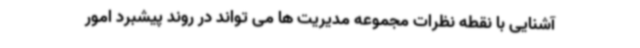
آشنایی با نقطه نظرات مجموعه مدیریت ها می تواند در روند پیشبرد امور